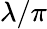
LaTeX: \lambda/\pi